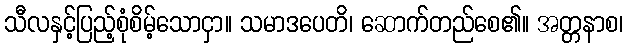
သီလနှင့်ပြည့်စုံစိမ့်သောငှာ။ သမာဒပေတိ၊ ဆောက်တည်စေ၏။ အတ္တနာစ၊